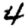
Digit: 4